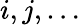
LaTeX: i,j,\ldots